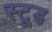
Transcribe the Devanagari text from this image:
स्टूड